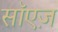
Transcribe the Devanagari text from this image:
सॉएज़